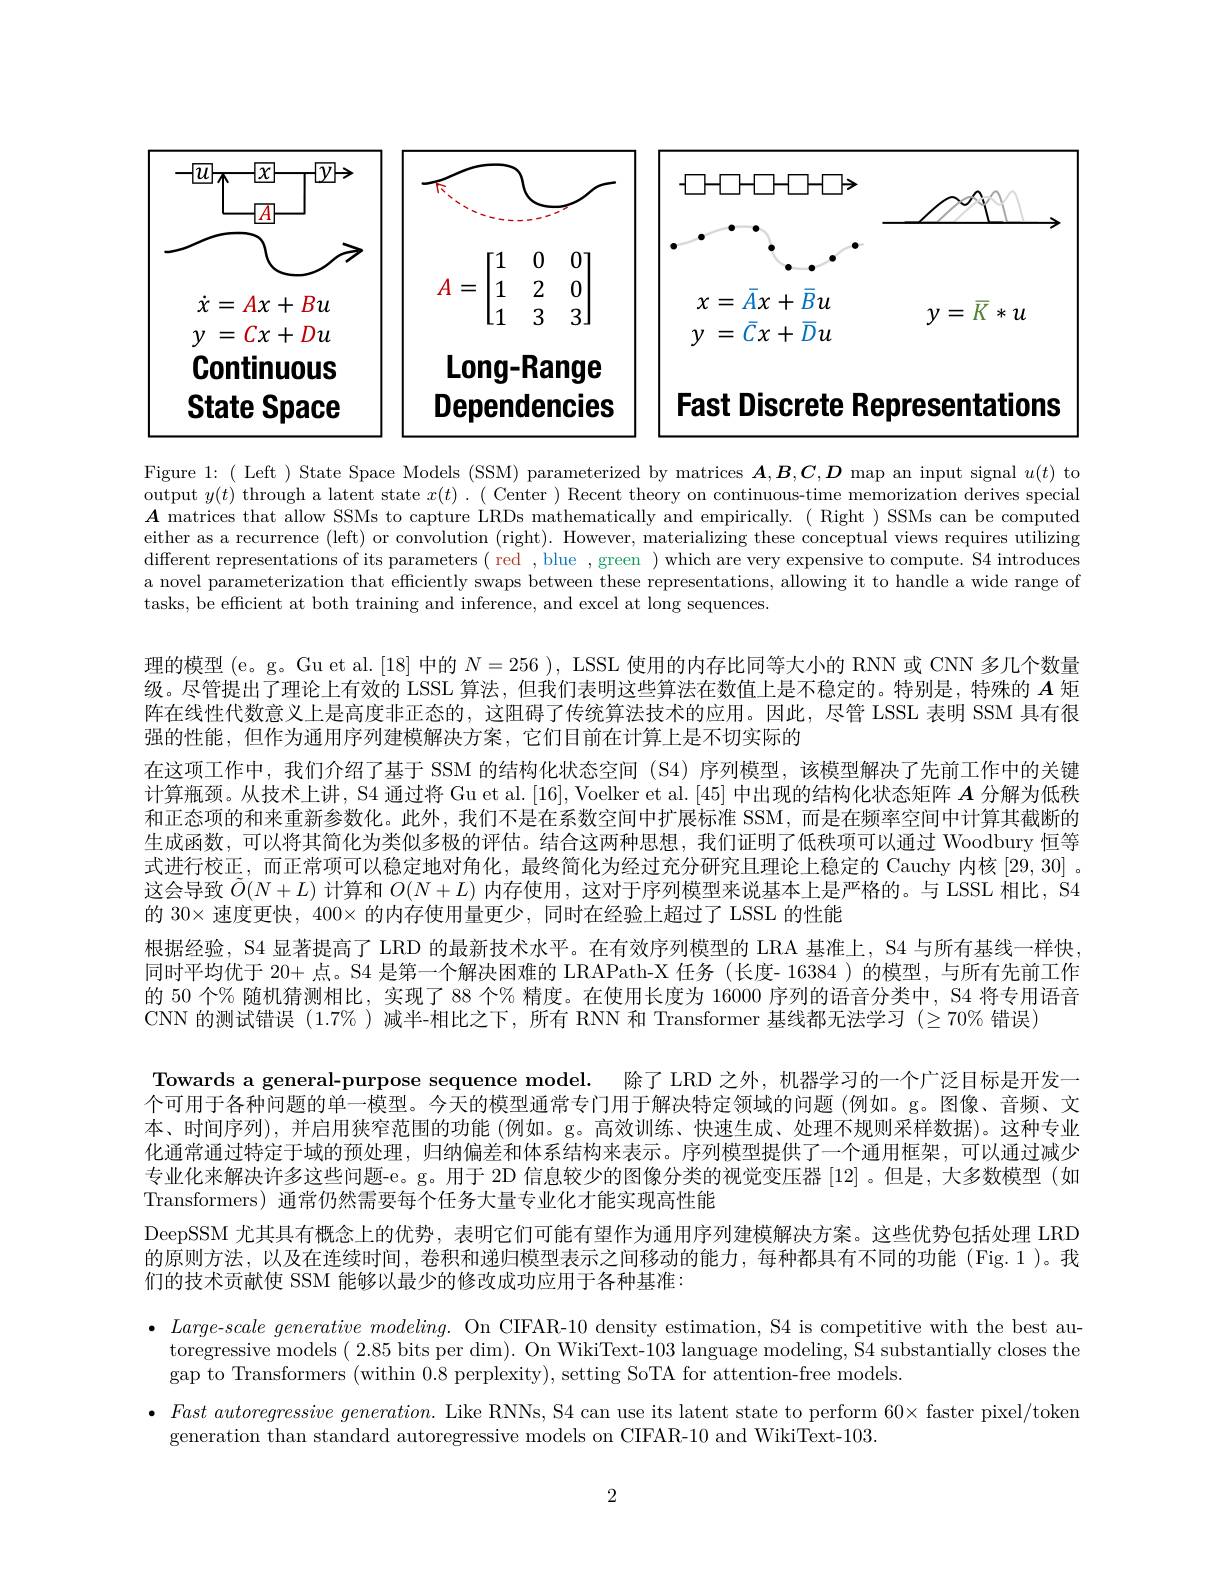
$|\boldsymbol{x}|$

$-[\overline{u}]_{7}$

$\forall y\mapsto$

ACOTEDO

$\gamma oAY$

$\boxed{A}$

$A=\begin{bmatrix}1&0&0\\1&2&0\\1&3&3\end{bmatrix}$

$x=\bar{A}x+\bar{B}u$

$\dot{x}=Ax+Bu$

$y=\bar{K}*u$

$y$ $= \bar{C} x+ \bar{D} u$

$y$ = $Cx+ Du$

Long-Range

Continuous

Fast Discrete Representations

State Space

Dependencies

Figure 1:( Left ) State Space Models (SSM) parameterized by matrices $\boldsymbol{A},\boldsymbol{B},\boldsymbol{C},\boldsymbol{D}$ map an input signal $u(t)$ to output $y(t)$ through a latent state $x(t).($ Center ) Recent theory on continuous-time memorization derives special $\boldsymbol{A}$ matrices that allow SSMs to capture LRDs mathematically and empirically. ( Right ) SSMs can be computed either as a recurrence (left) or convolution (right). However, materializing these conceptual views requires utilizing different representations of its parameters ( red , blue , green ) which are very expensive to compute. S4 introduces a novel parameterization that effciently swaps between these representations, allowing it to handle a wide range of tasks, be efficient at both training and inference, and excel at long sequences.

理的模型 (e。g。Gu et al. [18] 中的$N=256$ ), LSSL 使用的内存比同等大小的 RNN 或 CNN 多几个数量级。尽管提出了理论上有效的 LSSL 算法，但我们表明这些算法在数值上是不稳定的。特别是，特殊的$A$矩阵在线性代数意义上是高度非正态的，这阻碍了传统算法技术的应用。因此，尽管 LSSL 表明 SSM 具有很强的性能，但作为通用序列建模解决方案，它们目前在计算上是不切实际的
在这项工作中，我们介绍了基于 SSM 的结构化状态空间 (S4)序列模型，该模型解决了先前工作中的关键计算瓶颈。从技术上讲，S4 通过将 Gu et al. [16], Voelker et al. [45] 中出现的结构化状态矩阵$A$分解为低秩和正态项的和来重新参数化。此外，我们不是在系数空间中扩展标准 SSM,而是在频率空间中计算其截断的生成函数，可以将其简化为类似多极的评估。结合这两种思想，我们证明了低秩项可以通过 Woodbury 恒等式进行校正，而正常项可以稳定地对角化，最终简化为经过充分研究且理论上稳定的 Cauchy 内核[29,30] 。这会导致$\tilde{O}(N+L)$计算和$O(N+L)$内存使用，这对于序列模型来说基本上是严格的。与 LSSL 相比，S4的 30× 速度更快，400× 的内存使用量更少，同时在经验上超过了 LSSL 的性能
根据经验，S4 显著提高了 LRD 的最新技术水平。在有效序列模型的 LRA 基准上，S4 与所有基线一样快同时平均优于 20+ 点。S4 是第一个解决困难的 LRAPath-X 任务 (长度- 16384 )的模型，与所有先前工作的 50 个% 随机猜测相比，实现了 88 个% 精度。在使用长度为 16000 序列的语音分类中，S4 将专用语音CNN 的测试错误 (1.7%)减半-相比之下，所有 RNN 和 Transformer 基线都无法学习 (270% 错误)
Towards a general-purpose sequence model. 除了 LRD 之外，机器学习的一个广泛目标是开发一个可用于各种问题的单一模型。今天的模型通常专门用于解决特定领域的问题 (例如。g。图像、音频、文本、时间序列),并启用狭窄范围的功能 (例如。g。高效训练、快速生成、处理不规则采样数据)。这种专业化通常通过特定于域的预处理，归纳偏差和体系结构来表示。序列模型提供了一个通用框架，可以通过减少专业化来解决许多这些问题-e。g。用于 2D 信息较少的图像分类的视觉变压器[12] 。但是，大多数模型(如Transformers) 通常仍然需要每个任务大量专业化才能实现高性能
DeepSSM 尤其具有概念上的优势，表明它们可能有望作为通用序列建模解决方案。这些优势包括处理 LRD 的原则方法，以及在连续时间，卷积和递归模型表示之间移动的能力，每种都具有不同的功能(Fig.1)。我们的技术贡献使 SSM 能够以最少的修改成功应用于各种基准：
$\bullet$ $Large- scale$ generative $modeling.$ On CIFAR-10 density estimation, S4 is competitive with the best au-
toregressive models ( 2.85 bits per dim). On WikiText-103 language modeling, S4 substantially closes the
gap to Transformers (within 0.8 perplexity), setting SoTA for attention-free models

$\bullet$ Fast autoregressive $generation.$ Like RNNs, S4 can use its latent state to perform 60× faster pixel/token

generation than standard autoregressive models on CIFAR-10 and WikiText-103.

2